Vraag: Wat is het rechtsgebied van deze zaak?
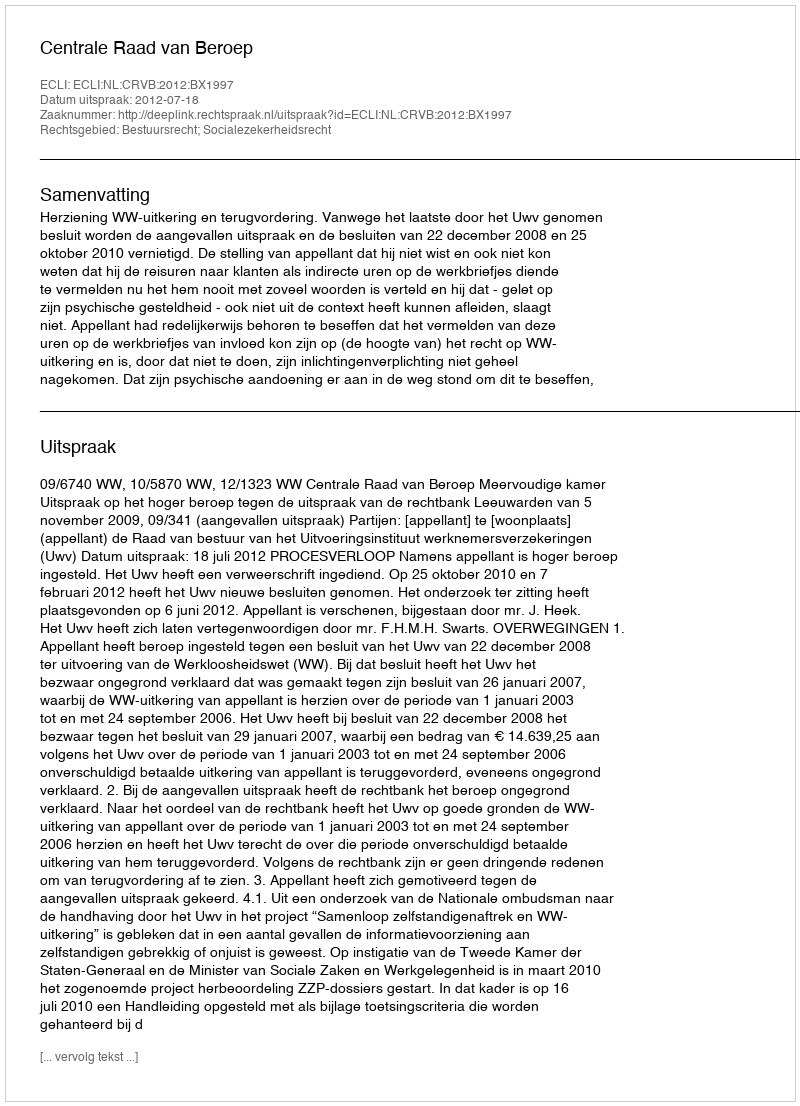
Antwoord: Bestuursrecht; Socialezekerheidsrecht